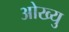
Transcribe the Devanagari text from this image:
ओख्यु